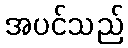
အပင်သည်